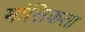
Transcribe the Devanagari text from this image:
मांसिकता